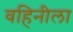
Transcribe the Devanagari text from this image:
वहिनीला